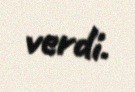
verdi.